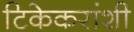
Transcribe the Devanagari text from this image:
टिकेकरांशी